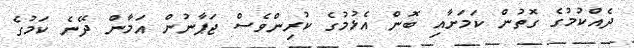
ދެއްކުމުގެ ގޮތުން ކަމަށާއި ބޮން އެޅުމުގެ ކުރިންވެސް ޖަޕާނުން އަމާން ދޭނެ ކަމުގެ